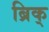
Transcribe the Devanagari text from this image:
ब्रिक्